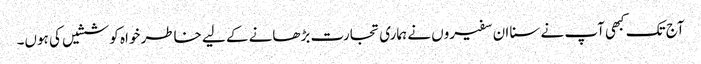
آج تک کبھی آپ نے سنا ان سفیروں نے ہماری تجارت بڑھانے کے لیے خاطر خواہ کوششیں کی ہوں۔